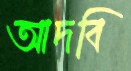
আদবি